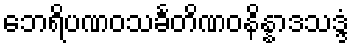
ဘေရိပဏဝသင်္ခတိဏဝနိန္နာဒသဒ္ဒံ